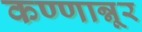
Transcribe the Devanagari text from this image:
कण्णान्नूर